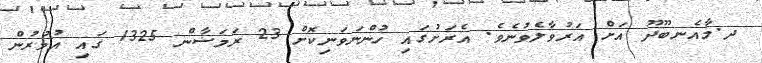
ދ.މާއެނބޫދޫ އަށް އަރުވާލެވުނެވެ. އެރަށުގައި ހުންނަވަނިކޮށް 23 ރަމަޟާން 1325 ގައި އުމުރުން